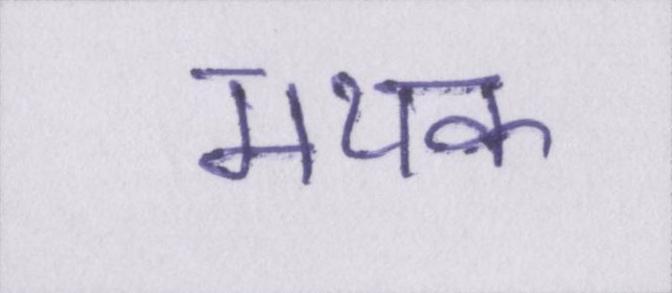
मथक